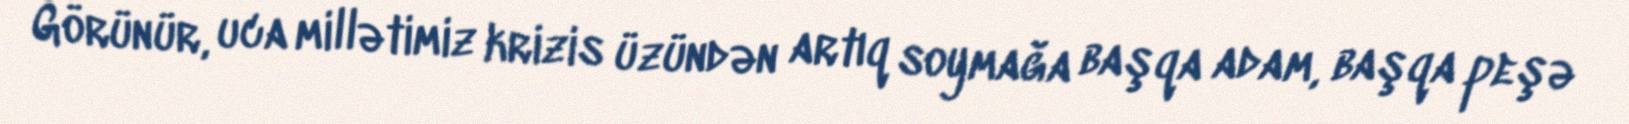
Görünür, uca millətimiz krizis üzündən artıq soymağa başqa adam, başqa peşə